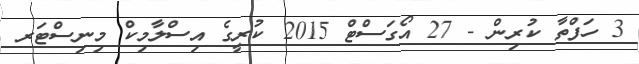
3 ހަފްތާ ކުރިން - 27 އޯގަސްޓް 2015 ކުރީގެ އިސްލާމިކް މިނިސްޓަރ